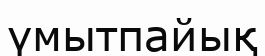
үмытпайық